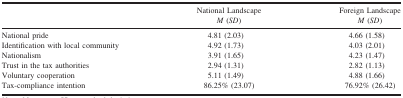
<table><thead><tr><td></td><td><b>National Landscape</b></td><td><b>Foreign Landscape</b></td></tr><tr><td></td><td><b><i>M</i> (<i>SD</i>)</b></td><td><b><i>M</i> (<i>SD</i>)</b></td></tr></thead><tbody><tr><td>National pride</td><td>4.81 (2.03)</td><td>4.66 (1.58)</td></tr><tr><td>Identification with local community</td><td>4.92 (1.73)</td><td>4.03 (2.01)</td></tr><tr><td>Nationalism</td><td>3.91 (1.65)</td><td>4.23 (1.47)</td></tr><tr><td>Trust in the tax authorities</td><td>2.94 (1.31)</td><td>2.82 (1.13)</td></tr><tr><td>Voluntary cooperation</td><td>5.11 (1.49)</td><td>4.88 (1.66)</td></tr><tr><td>Tax‐compliance intention</td><td>86.25% (23.07)</td><td>76.92% (26.42)</td></tr></tbody></table>